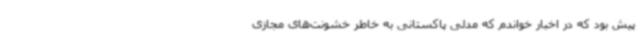
پیش بود که در اخبار خواندم که مدلی پاکستانی به خاطر خشونت‌های مجازی